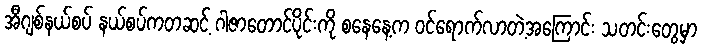
အီဂျစ်နယ်စပ် နယ်စပ်ကတဆင့် ဂါဇာတောင်ပိုင်းကို စနေနေ့က ဝင်ရောက်လာတဲ့အကြောင်း သတင်းတွေမှာ